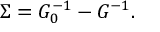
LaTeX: \Sigma = G _ { 0 } ^ { - 1 } - G ^ { - 1 } .